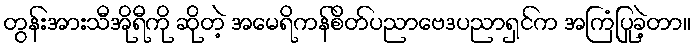
တွန်းအားသီအိုရီကို ဆိုတဲ့ အမေရိကန်စိတ်ပညာဗေဒပညာရှင်က အကြံပြုခဲ့တာ။